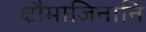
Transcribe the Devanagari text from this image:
क्षौमाजिनानि